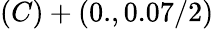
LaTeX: (C)+(0.,0.07/2)